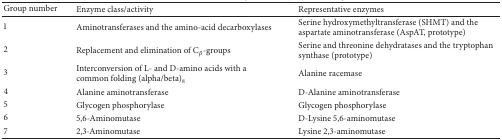
| Group number | Enzyme class/activity | Representative enzymes |
 | --- | --- | --- |
 | 1 | Aminotransferases and the amino-acid decarboxylases | Serine hydroxymethyltransferase (SHMT) and the aspartate aminotransferase (AspAT, prototype) |
 | 2 | Replacement and elimination of Cβ-groups | Serine and threonine dehydratases and the tryptophan synthase (prototype) |
 | 3 | Interconversion of L- and D-amino acids with a common folding (alpha/beta)8 | Alanine racemase |
 | 4 | Alanine aminotransferase | D-Alanine aminotransferase |
 | 5 | Glycogen phosphorylase | Glycogen phosphorylase |
 | 6 | 5,6-Aminomutase | D-Lysine 5,6-aminomutase |
 | 7 | 2,3-Aminomutase | Lysine 2,3-aminomutase |